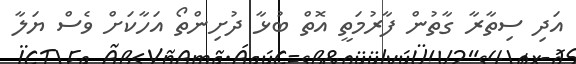
އަދި ސިތާރާ ގާތުން ފާރުމަތީ އޮތް ބުޅާ ދުށިންތޯ އަހާކަށް ވެސް ޔަލާ